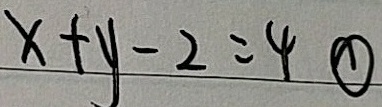
x + y - 2 = 4 \textcircled { 1 }